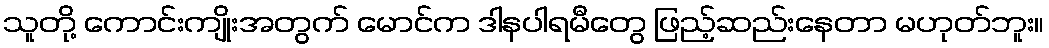
သူတို့ ကောင်းကျိုးအတွက် မောင်က ဒါနပါရမီတွေ ဖြည့်ဆည်းနေတာ မဟုတ်ဘူး။